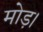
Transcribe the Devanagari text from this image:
मोड़।